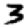
Digit: 3